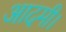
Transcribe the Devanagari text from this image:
आदमी।